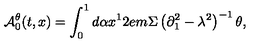
{ \cal A } _ { 0 } ^ { \theta } ( t , x ) = \int _ { 0 } ^ { 1 } { d \alpha x ^ { 1 } } 2 e m \Sigma \left( { \partial _ { 1 } ^ { 2 } - \lambda ^ { 2 } } \right) ^ { - 1 } \theta ,